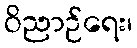
ဝိညာဉ်ရေး၊